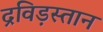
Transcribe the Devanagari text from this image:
द्रविड़स्तान